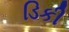
ડિકી